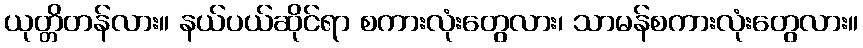
ယုတ္တိတန်လား။ နယ်ပယ်ဆိုင်ရာ စကားလုံးတွေလား၊ သာမန်စကားလုံးတွေလား။